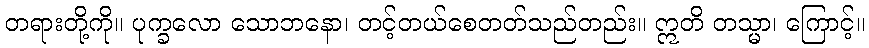
တရားတို့ကို။ ပုက္ခလော သောဘနော၊ တင့်တယ်စေတတ်သည်တည်း။ ဣတိ တသ္မာ၊ ကြောင့်။